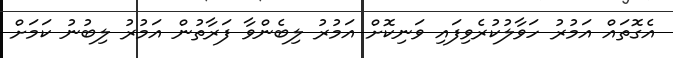
އެގޮތައް އަމުރު ހަވާލުކުރެވިފައި ވަނިކޮށް އަމުރު ލިބެންވާ ފަރާތުން އަމުރު ލިބުނު ކަމަށް